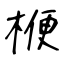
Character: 楩